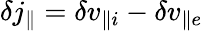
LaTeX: \delta j_{\parallel}=\delta v_{\parallel i}-\delta v_{\parallel e}